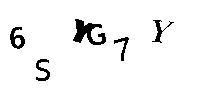
6SYG7Y